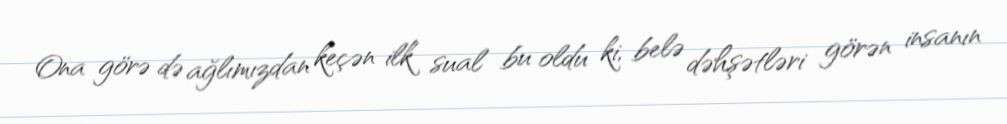
Ona görə də ağlımızdan keçən ilk sual bu oldu ki, belə dəhşətləri görən insanın